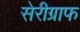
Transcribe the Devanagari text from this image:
सेरीग्राफ